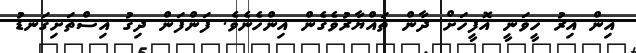
އިން އިރު ހީވަނީ އޮފީހަށް ދާން ތައްޔާރުވެގެން އިންހެނެވެ. ފަންފަން ދިގު އިސްތަށިގަނޑު